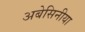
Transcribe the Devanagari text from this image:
अबेसिनीया